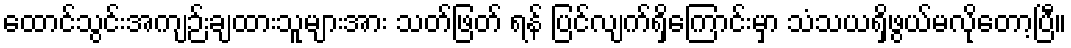
ထောင်သွင်းအကျဉ်းချထားသူများအား သတ်ဖြတ် ရန် ပြင်လျက်ရှိကြောင်းမှာ သံသယရှိဖွယ်မလိုတော့ပြီ။